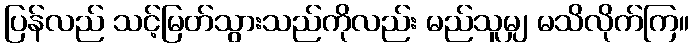
ပြန်လည် သင့်မြတ်သွားသည်ကိုလည်း မည်သူမျှ မသိလိုက်ကြ။